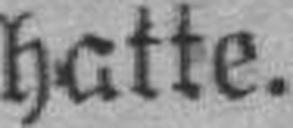
hatte.